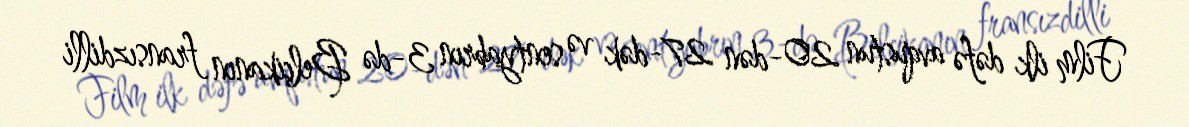
Film ilk dəfə avqustun 20-dən 27-dək və sentyabrın 3-də Belçikanın fransızdilli